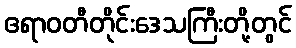
ဧရာဝတီတိုင်းဒေသကြီးတို့တွင်